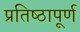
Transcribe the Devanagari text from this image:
प्रतिष्‍ठापूर्ण